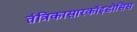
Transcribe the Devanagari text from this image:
तंत्रिकासारकॉइडोसिस